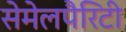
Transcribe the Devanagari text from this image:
सेमेलपैरिटी